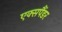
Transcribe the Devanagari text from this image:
एक्सपैंडर